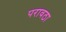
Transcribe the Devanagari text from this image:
परावठा